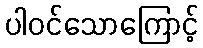
ပါဝင်သောကြောင့်